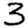
Digit: 3